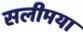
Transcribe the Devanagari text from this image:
सलीमया